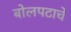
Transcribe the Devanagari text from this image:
बोलपटाचे